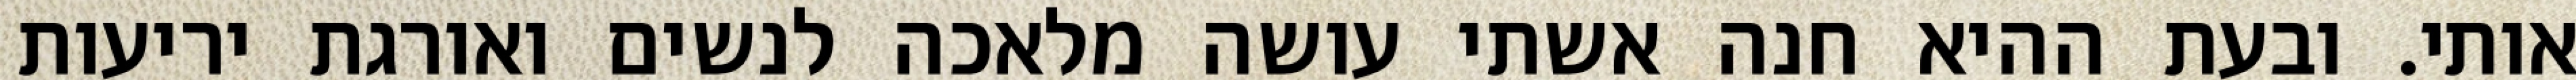
אותי. ובעת ההיא חנה אשתי עושה מלאכה לנשים ואורגת יריעות